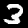
Digit: 3